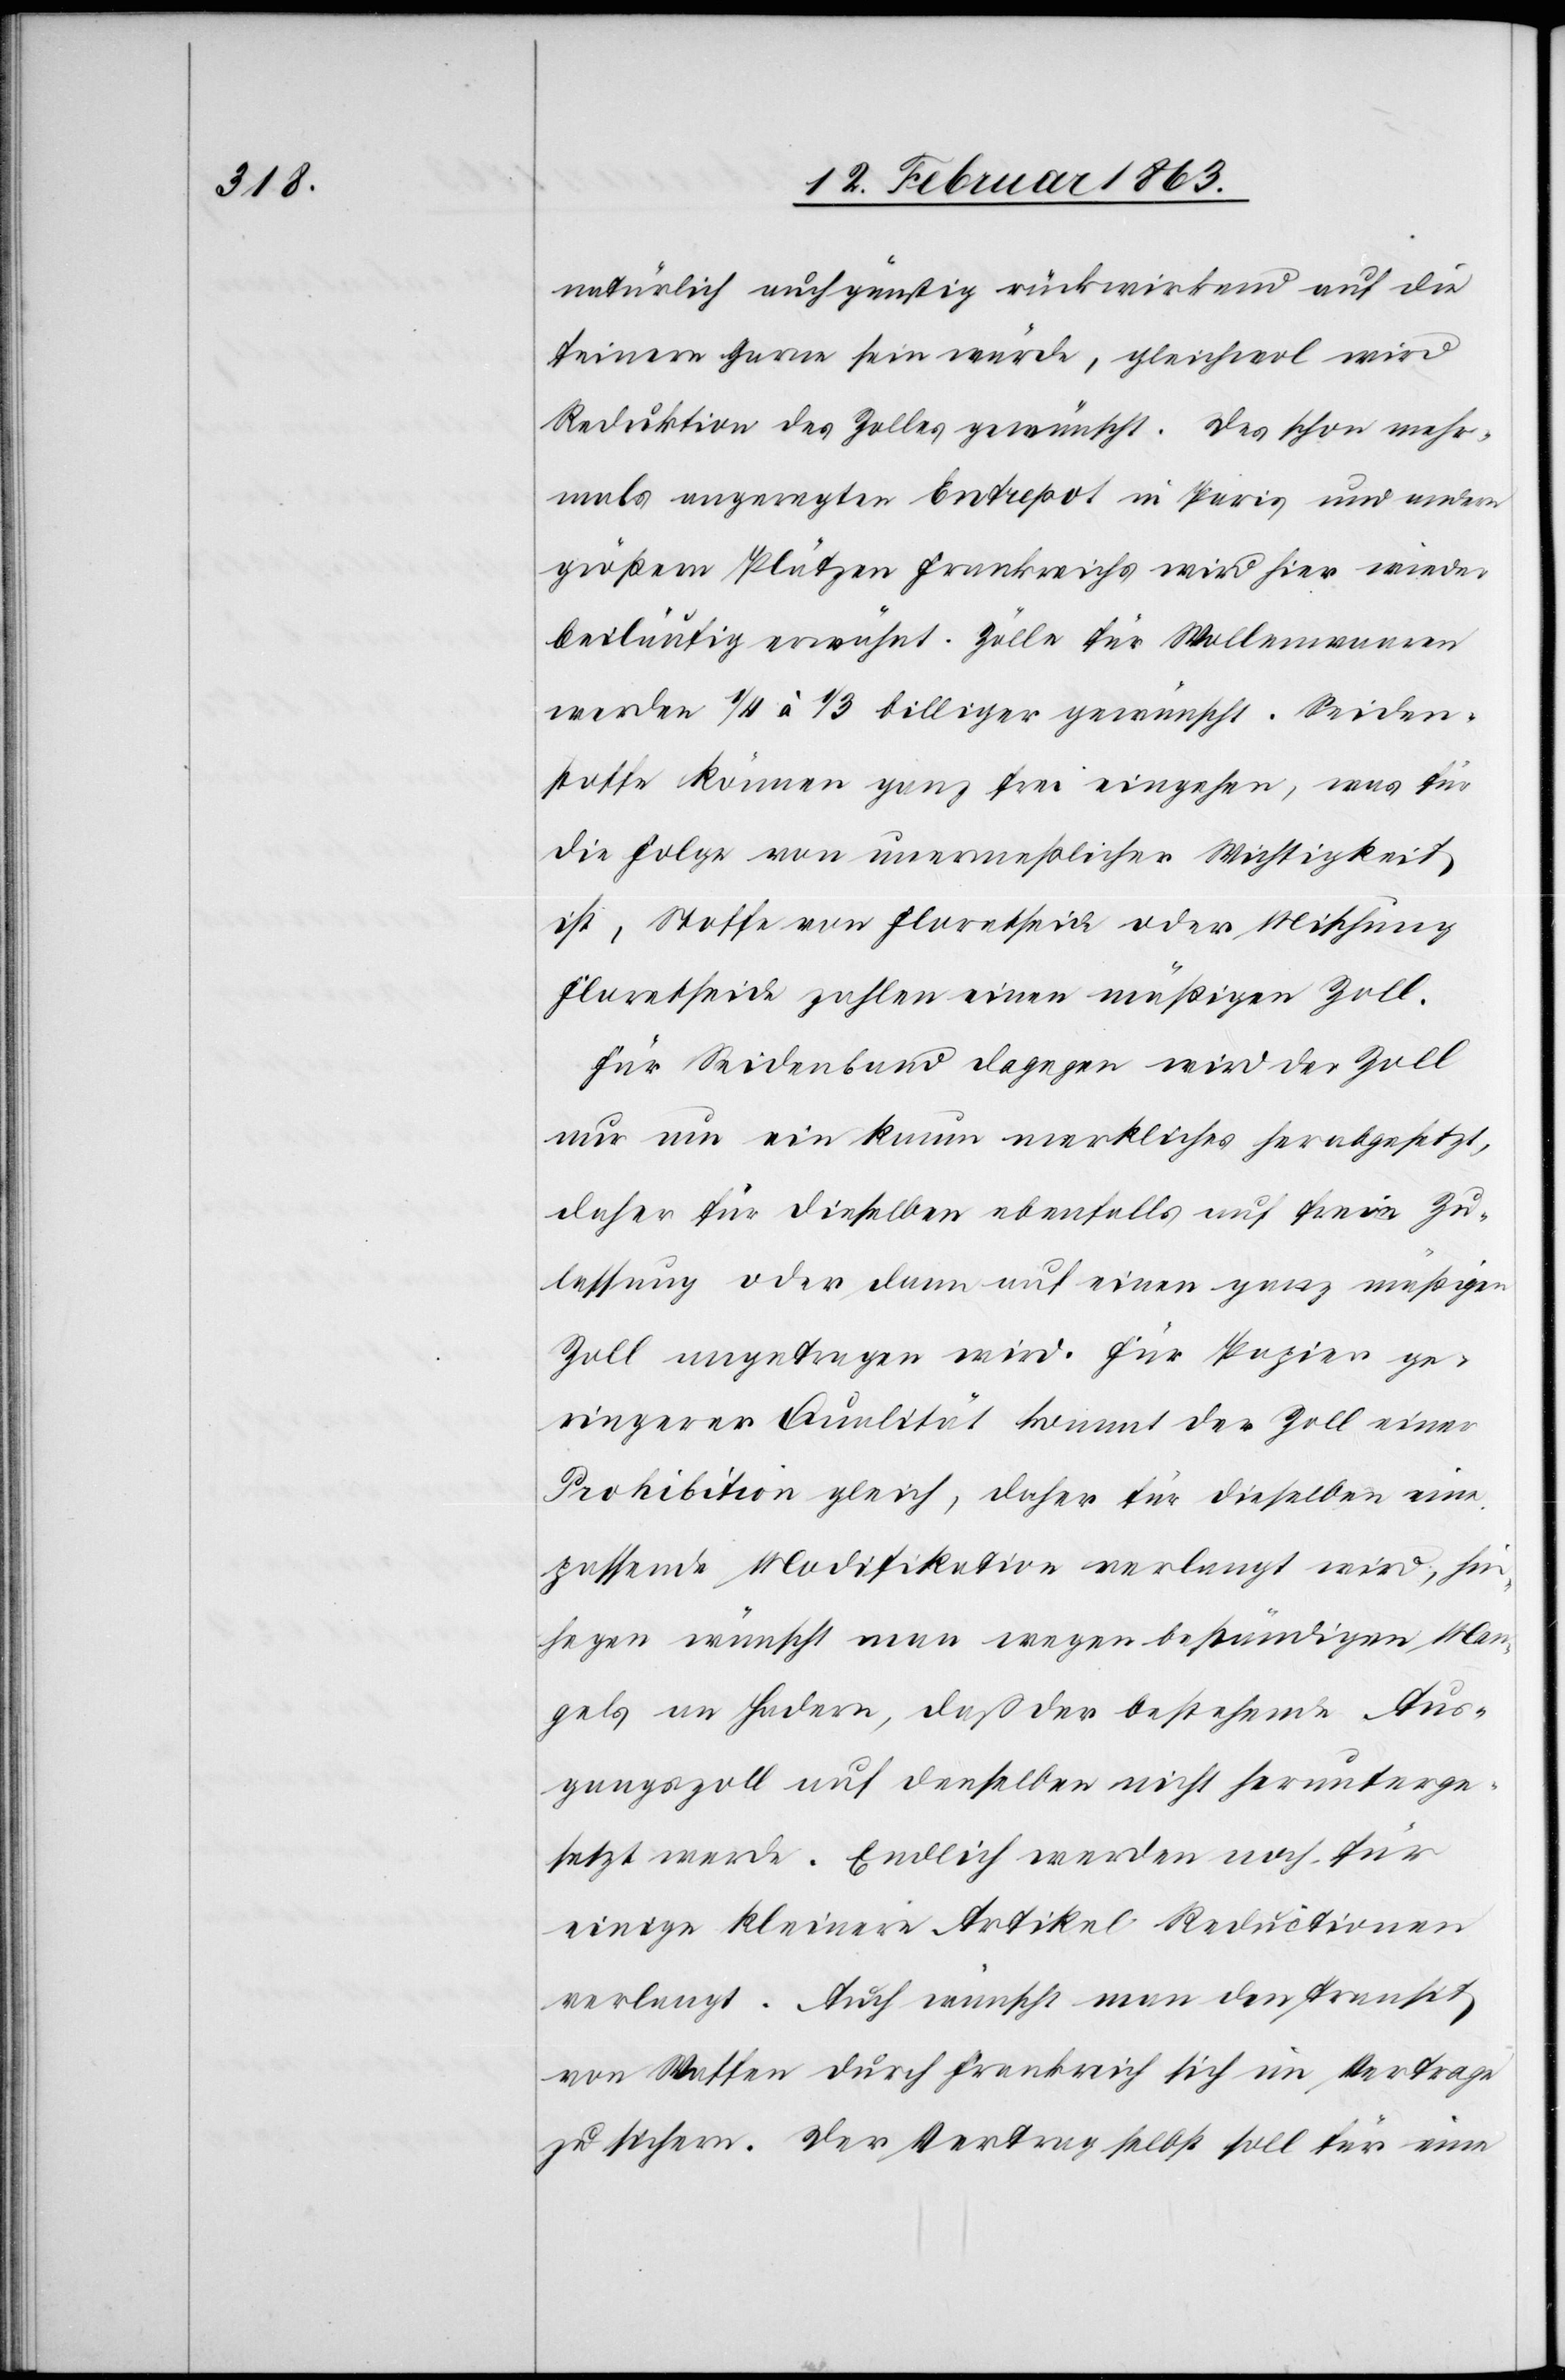
natürlich auch günstig rückwirkend auf die
feinern Garne sein würde, gleichwol wird
Reduktion des Zolles gewünscht. Das schon mehr¬
mals angeregten Entrepot in Paris und andern
größern Plätzen Frankreichs wird hier wieder
beiläufig erwähnt. Zölle für Wollenwaaren
werden 1/4 à 1/3 billiger gewünscht. Seiden¬
stoffe können ganz frei eingehen, was für
die Folge von unermeßlicher Wichtigkeit
ist, Stoffe von Floretseide oder Mischung
Floretseide zahlen einen mäßigen Zoll.
Für Seidenband dagegen wird der Zoll
nur um ein kaum merkliches herabgesetzt,
daher für dieselben ebenfalls auf freie Zu¬
lassung oder dann auf einen ganz mäßigen
Zoll angetragen wird. Für Papier ge¬
ringerer Qualität kommt der Zoll einer
Prohibition gleich, daher für dieselben eine
passende Modifikation verlangt wird, hinhegen
[sic!] wünscht man wegen beständigen Man¬
gels an Hadern, daß der bestehende Aus¬
gangszoll auf denselben nicht herunterge¬
setzt werde. Endlich werden noch für
einige kleinere Artikel Reductionen
verlangt. Auch wünscht man den Transit
von Waffen durch Frankreich sich im Vertrage
zu sichern. Der Vertrag selbst soll für eine